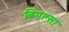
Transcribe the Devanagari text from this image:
बिएल्सा